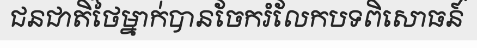
ជនជាតិថៃម្នាក់បានចែករំលែកបទពិសោធន៍